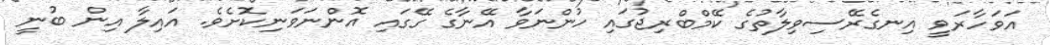
އަވަހާރަވީ އިނގެރޭސިވިލާތުގެ ކޭމްބްރިޖުގައި ހުންނަވާ އޭނާގެ ގޭގައި އޮންނަވަނިކޮށެވެ. އައިލާ އިން ބުނީ